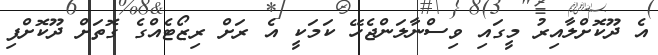
އެ ދޫކޮށްލާއިރު މީގައި ވިސްނާލަންޖެހޭ ކަމަކީ އެ ރަށް ރިޒޯޓެއްގެ ގޮތަށް ދޫކޮށްފި